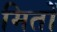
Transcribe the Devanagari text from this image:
मितों